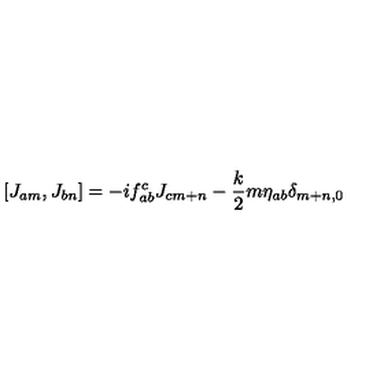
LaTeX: [ J _ { a m } , J _ { b n } ] = - i f _ { a b } ^ { c } J _ { c m + n } - \frac { k } { 2 } m \eta _ { a b } \delta _ { m + n , 0 }